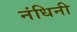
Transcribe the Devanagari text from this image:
नंधिनी